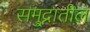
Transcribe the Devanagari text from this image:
समु्द्रातील